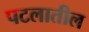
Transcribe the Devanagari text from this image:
पटलातील